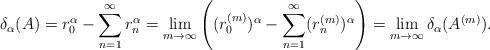
LaTeX: \begin{align*}\delta_\alpha (A) = r_0^\alpha-\sum_{n=1}^\infty r_n^{\alpha} = \lim_{m\to \infty} \left( (r_0^{(m)})^{\alpha}- \sum_{n=1}^\infty(r_n^{(m)})^{\alpha}\right) = \lim_{m\to \infty} \delta_\alpha(A^{(m)}).\end{align*}